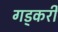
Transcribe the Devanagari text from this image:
गड्करी